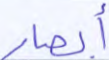
أبصار